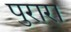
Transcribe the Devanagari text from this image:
पुरारा